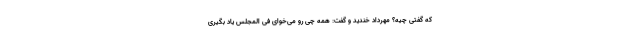
که گفتی چیه؟ مهرداد خندید و گفت: همه چی رو می­خوای فی المجلس یاد بگیری